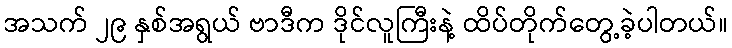
အသက် ၂၉ နှစ်အရွယ် ဗာဒီက ဒိုင်လူကြီးနဲ့ ထိပ်တိုက်တွေ့ခဲ့ပါတယ်။